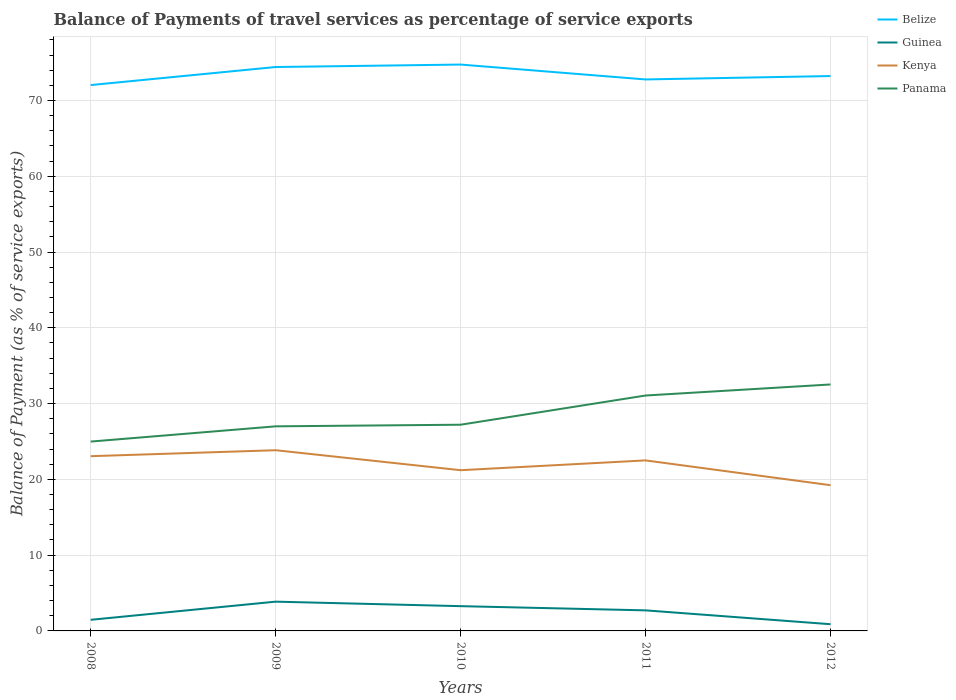
| Years | Belize | Guinea | Kenya | Panama |
 | --- | --- | --- | --- | --- |
 | 2008 | 72 | 1.47 | 23.1 | 25 |
 | 2009 | 74.4 | 3.86 | 23.8 | 27 |
 | 2010 | 74.7 | 3.27 | 21.2 | 27.2 |
 | 2011 | 72.8 | 2.71 | 22.5 | 31.1 |
 | 2012 | 73.2 | 0.886 | 19.2 | 32.5 |